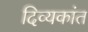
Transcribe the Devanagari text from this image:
दिव्यकांत